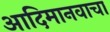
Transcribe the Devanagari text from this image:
आदिमानवाचा